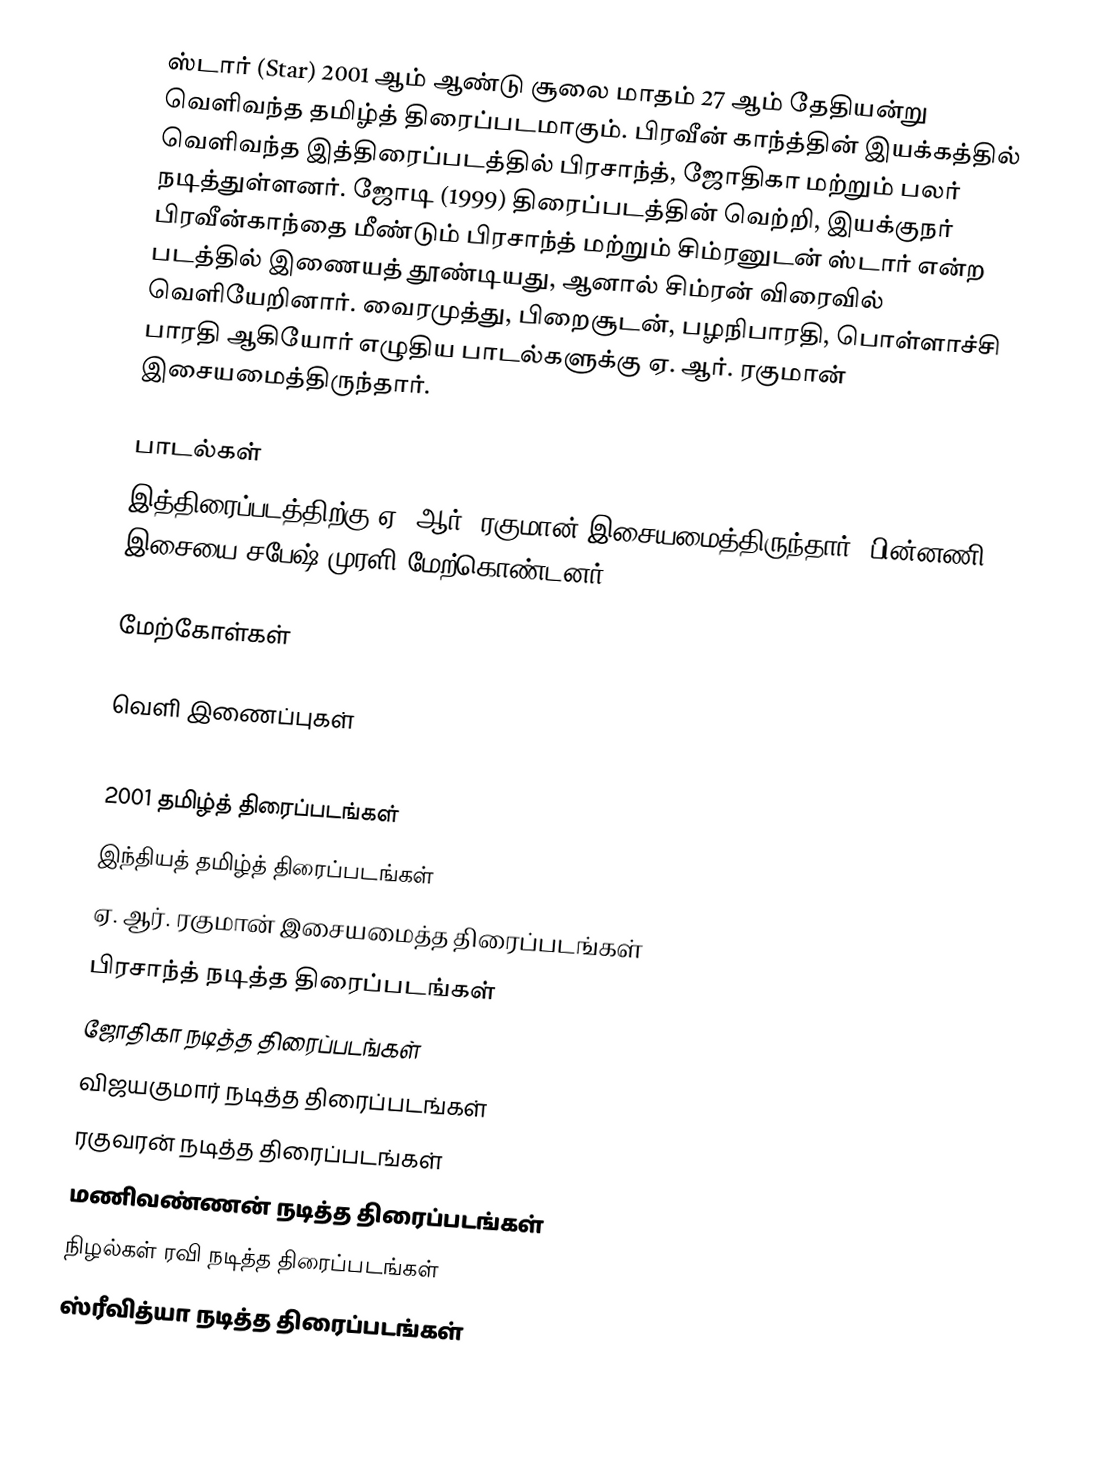
ஸ்டார் (Star) 2001 ஆம் ஆண்டு சூலை மாதம் 27 ஆம் தேதியன்று வெளிவந்த தமிழ்த் திரைப்படமாகும். பிரவீன் காந்த்தின் இயக்கத்தில் வெளிவந்த இத்திரைப்படத்தில் பிரசாந்த், ஜோதிகா மற்றும் பலர் நடித்துள்ளனர். ஜோடி (1999) திரைப்படத்தின் வெற்றி, இயக்குநர் பிரவீன்காந்தை மீண்டும் பிரசாந்த் மற்றும் சிம்ரனுடன் ஸ்டார் என்ற படத்தில் இணையத் தூண்டியது, ஆனால் சிம்ரன் விரைவில் வெளியேறினார். வைரமுத்து, பிறைசூடன், பழநிபாரதி, பொள்ளாச்சி பாரதி ஆகியோர் எழுதிய பாடல்களுக்கு ஏ. ஆர். ரகுமான் இசையமைத்திருந்தார்.

பாடல்கள்
இத்திரைப்படத்திற்கு ஏ. ஆர். ரகுமான் இசையமைத்திருந்தார். பின்னணி இசையை சபேஷ் முரளி மேற்கொண்டனர்.

மேற்கோள்கள்

வெளி இணைப்புகள்

2001 தமிழ்த் திரைப்படங்கள்
இந்தியத் தமிழ்த் திரைப்படங்கள்
ஏ. ஆர். ரகுமான் இசையமைத்த திரைப்படங்கள்
பிரசாந்த் நடித்த திரைப்படங்கள்
ஜோதிகா நடித்த திரைப்படங்கள்
விஜயகுமார் நடித்த திரைப்படங்கள்
ரகுவரன் நடித்த திரைப்படங்கள்
மணிவண்ணன் நடித்த திரைப்படங்கள்
நிழல்கள் ரவி நடித்த திரைப்படங்கள்
ஸ்ரீவித்யா நடித்த திரைப்படங்கள்